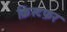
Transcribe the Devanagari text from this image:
क्रिस्टफ़र